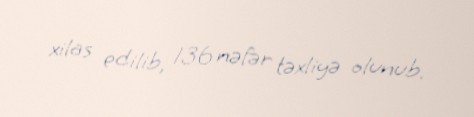
xilas edilib, 136 nəfər təxliyə olunub.